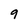
Character: 9